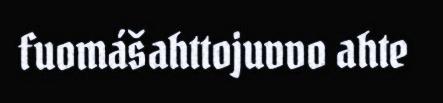
fuomášahttojuvvo ahte